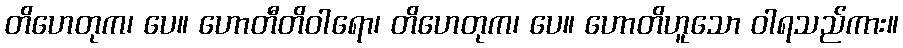
တိဟေတုက၊ ပေ။ ဟောတီတိဝါရော၊ တိဟေတုက၊ ပေ။ ဟောတိဟူသော ဝါရသည်ကား။